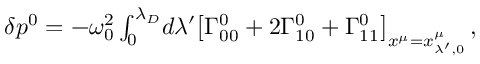
\begin{array} { r } { \delta p ^ { 0 } = - \omega _ { 0 } ^ { 2 } \int _ { 0 } ^ { \lambda _ { D } } \! d \lambda ^ { \prime } \big [ \Gamma _ { 0 0 } ^ { 0 } + 2 \Gamma _ { 1 0 } ^ { 0 } + \Gamma _ { 1 1 } ^ { 0 } \big ] _ { x ^ { \mu } = x _ { \lambda ^ { \prime } , 0 } ^ { \mu } } \, , } \end{array}